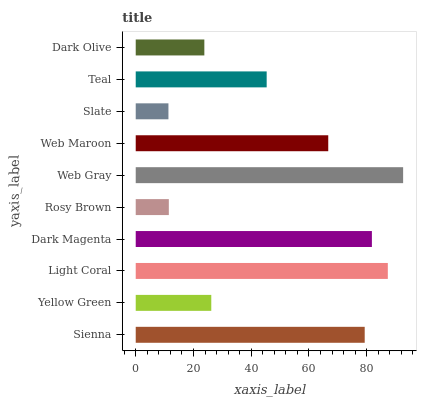
| yaxis_label | bars |
 | --- | --- |
 | Sienna | 79.3 |
 | Yellow Green | 26.2 |
 | Light Coral | 87.3 |
 | Dark Magenta | 81.8 |
 | Rosy Brown | 11.5 |
 | Web Gray | 92.6 |
 | Web Maroon | 66.7 |
 | Slate | 11.3 |
 | Teal | 45.4 |
 | Dark Olive | 23.8 |